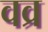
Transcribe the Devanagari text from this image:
वव्र